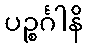
ပဉ္စင်္ဂါနိ